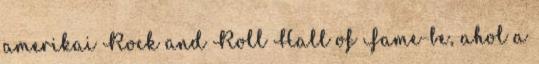
amerikai Rock and Roll Hall of Fame-be, ahol a